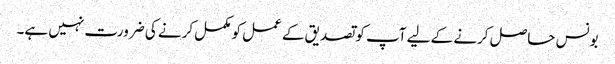
بونس حاصل کرنے کے لیے آپ کو تصدیق کے عمل کو مکمل کرنے کی ضرورت نہیں ہے۔